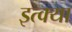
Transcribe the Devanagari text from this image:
इत्क्या